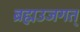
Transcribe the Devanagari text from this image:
ब्रह्मउजगत्